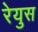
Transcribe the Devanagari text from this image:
रेयुस